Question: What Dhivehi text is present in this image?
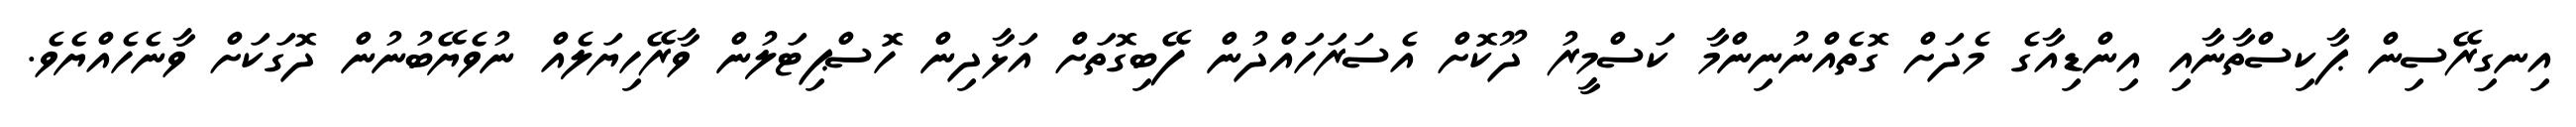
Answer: އިނގިރޭސިން ޕާކިސްތާނާއި އިންޑިއާގެ މެދަށް ގޮތެއްނުނިންމާ ކަސްމީރު ދޫކޮށް އެސަރަހައްދުން ފޭބިގޮތަށް އަޅާދިން ހޮސްޕިޓަލުން ވާރޭހިޔަލެއް ނުވެޔޭބުނުން ދޮގަކަށް ވާނެހެއްޔެވެ.